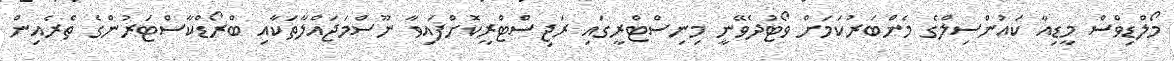
މޯލްޑިވްސް މީޑިއާ ކައުންސިލްގެ މެންބަރުކަމަށް ވޯޓުދެވޭނީ މިނިސްޓްރީގައި ރަޖިސްޓްރީކޮށްފައިވާ ނޫސްމަޖައްލާތަކާއި ބްރޯޑްކާސްޓަރުންގެ ތެރެއިން